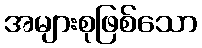
အများစုဖြစ်သော